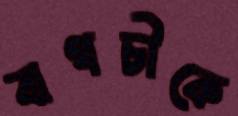
বাগচীকে